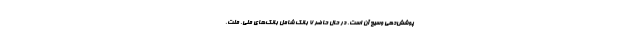
پوشش‌دهی وسیع‌ آن است. در حال حاضر ۷ بانک شامل بانک‌های ملی، ملت،